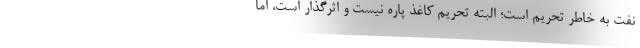
نفت به خاطر تحریم است؛ البته تحریم کاغذ پاره نیست و اثرگذار است، اما